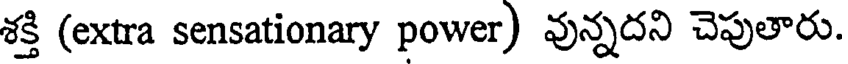
శక్తి (extra sensationary power) వున్నదని చెపుతారు.